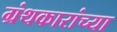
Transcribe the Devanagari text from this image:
ग्रंथकारांच्या